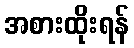
အစားထိုးရန်